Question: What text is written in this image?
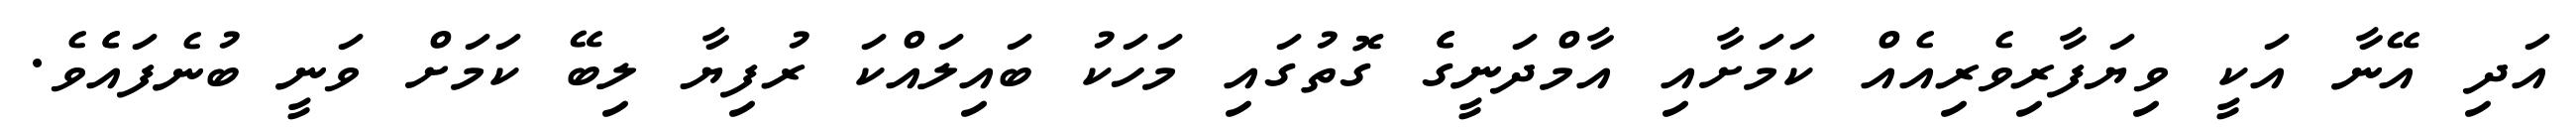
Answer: އަދި އޭނާ އަކީ ވިޔަފާރިވެރިއެއް ކަމަށާއި އާމްދަނީގެެ ގޮތުގައި މަހަކު ބައިލައްކަ ރުފިޔާ ލިބޭ ކަމަށް ވަނީ ބުނެފައެެވެ.